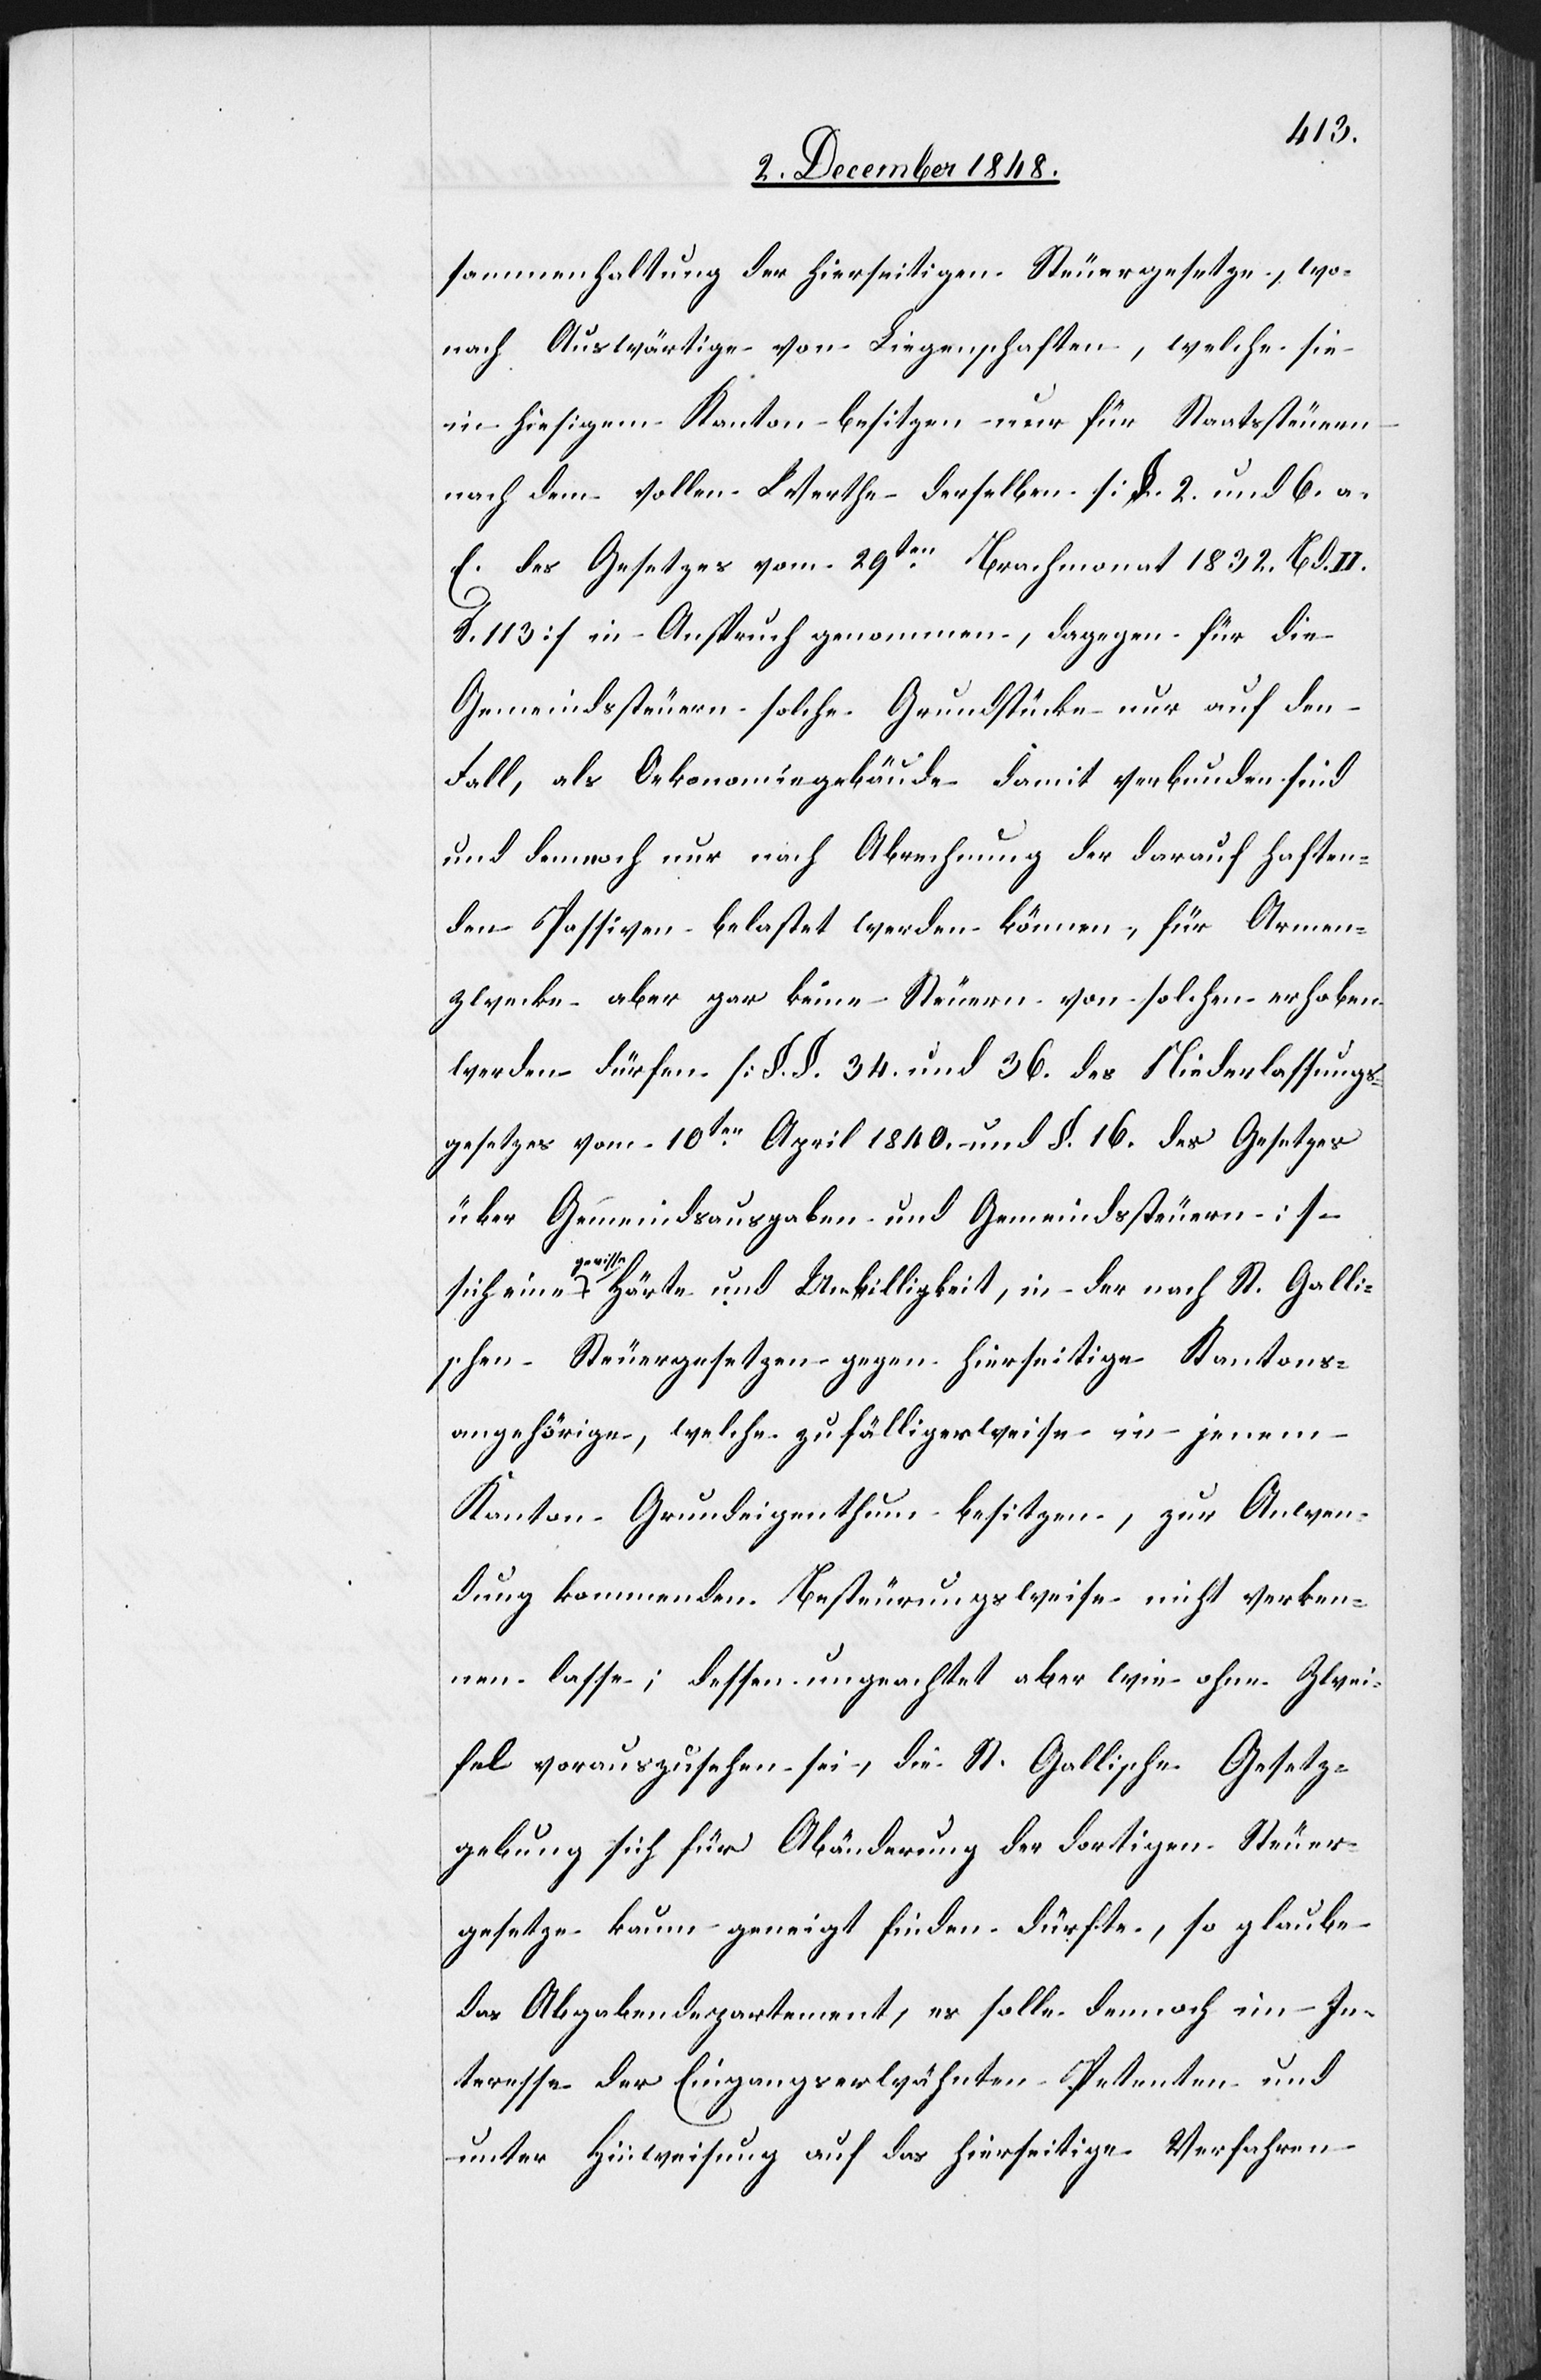
sammenhaltung der hierseitigen Steuergesetze, wo¬
nach Auswärtige von Liegenschaften, welche sie
in hiesigem Kanton besitzen nur für Staatssteuern
nach dem vollen Werthe derselben [§. 2. und 6. a.
E. des Gesetzes vom 29ten Brachmonat 1832. Bd.
S. 113] in Anspruch genommen, dagegen für die
Gemeindssteuern solche Grundstücke nur auf den
Fall, als Oekonomiegebäude damit verbunden sind
und demnoch [sic!] nur nach Abrechnung der darauf haften¬
den Passiven belastet werden können, für Armen¬
zwecke aber gar keine Steuern von solchen erhoben
werden dürfen [§. §. 34. und 36. des Niederlassungs¬
gesetzes vom 10ten April 1840. und §. 16. des Gesetzes
über Gemeindsausgaben und Gemeindssteuern]
Gallis¬
chen Steuergesetzen gegen hierseitige Kantons¬
angehörige, welche zufälligerweise in jenem
Kanton Grundeigenthum besitzen, zur Anwen¬
dung kommenden Besteuerungsweise nicht verken¬
nen lasse; dessen ungeachtet aber wie ohne Zwei¬
fel vorauszusehen sei, die St. Gallische Gesetz¬
gebung sich für Abänderung der dortigen Steuer¬
gesetze kaum geneigt finden dürfte, so glaube
das Abgabendepartement, es solle dennoch im In¬
teresse der Eingangserwähnten Petenten und
unter Hinweisung auf das hierseitige Verfahren